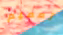
تعميم